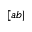
[ a b |